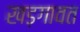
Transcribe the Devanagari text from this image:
खड़गावत